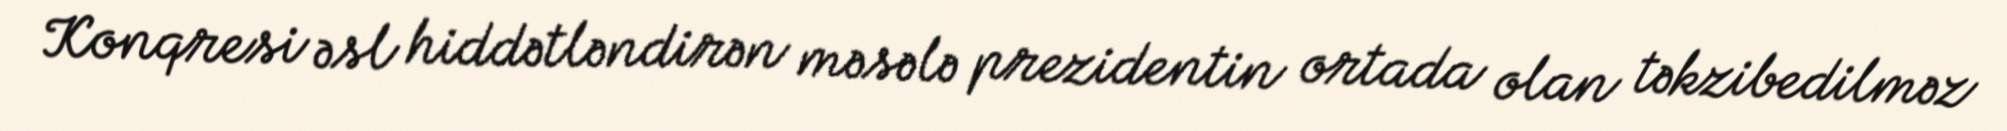
Konqresi əsl hiddətləndirən məsələ prezidentin ortada olan təkzibedilməz